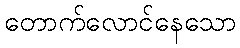
တောက်လောင်နေသော